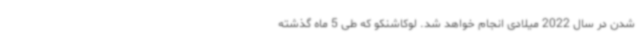
شدن در سال 2022 میلادی انجام خواهد شد. لوکاشنکو که طی 5 ماه گذشته